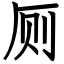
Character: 厕